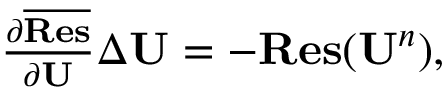
\begin{array} { r } { \frac { \partial \overline { { { \bf { R e s } } } } } { \partial { \bf U } } \Delta { \bf U } = - { \bf R e s } ( { \bf U } ^ { n } ) , } \end{array}